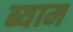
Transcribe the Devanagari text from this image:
ब्याम